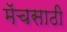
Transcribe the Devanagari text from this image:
मॅचसाठी